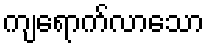
ကျရောက်လာသော